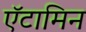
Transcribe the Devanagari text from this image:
ऍटामिन